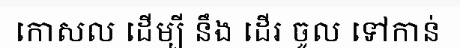
កោសល ដើម្បី នឹង ដើរ ចូល ទៅកាន់